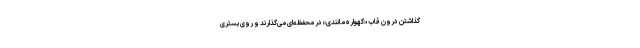
گذاشتن درون قاب «گهواره مانندی» در محفظه‌ای می‌گذارند و روی بستری